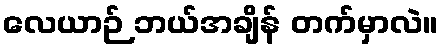
လေယာဉ် ဘယ်အချိန် တက်မှာလဲ။